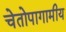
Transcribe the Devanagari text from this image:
चेतोपागामीय